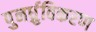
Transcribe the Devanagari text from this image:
पुनर्ध्रुविकरण